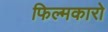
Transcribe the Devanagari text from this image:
फिल्मकारो